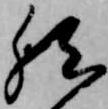
然